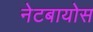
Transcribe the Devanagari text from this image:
नेटबायोस